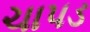
ચાપડ